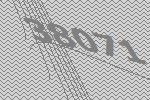
38071